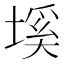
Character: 𡏛